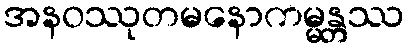
အနဝဿုတမနောကမ္မန္တဿ